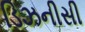
ડિઝનીસી